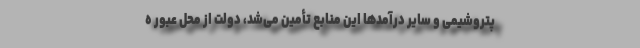
پتروشیمی و سایر درآمدها این منابع تأمین می‌شد، دولت از محل عبور ه